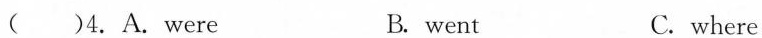
( )4.A.Were B. went C. where